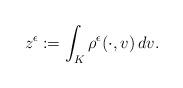
LaTeX: \begin{align*}z^\epsilon:=\int_K\rho^\epsilon(\cdot,v)\,dv.\end{align*}